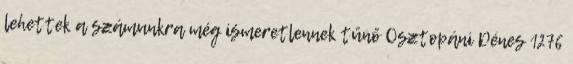
lehettek a számunkra még ismeretlennek tűnő Osztopáni Dénes 1276